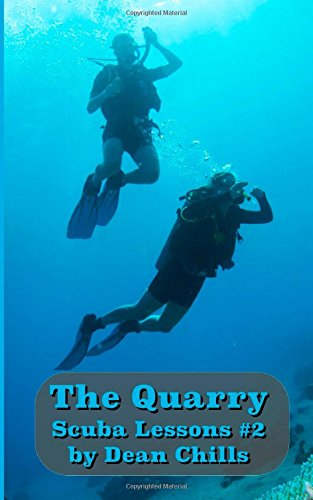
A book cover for The Quarry: Scuba Lessons #2: A "Deep" Romance (Volume 2); Dean Chills; Romance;